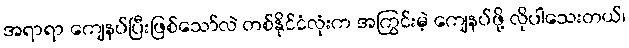
အရာရာ ကျေနပ်ပြီးဖြစ်သော်လဲ တစ်နိုင်ငံလုံးက အကြွင်းမဲ့ ကျေနပ်ဖို့ လိုပါသေးတယ်၊